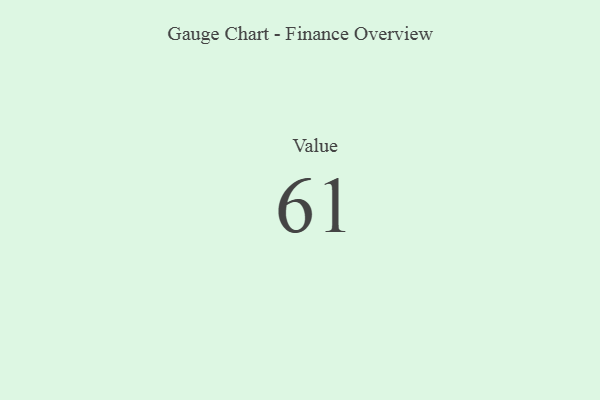
{"axis": {"x": "Metric", "y": "Value"}, "legend": [""], "data": [{"x": "Value", "y": 61, "type": ""}]}